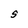
Character: S